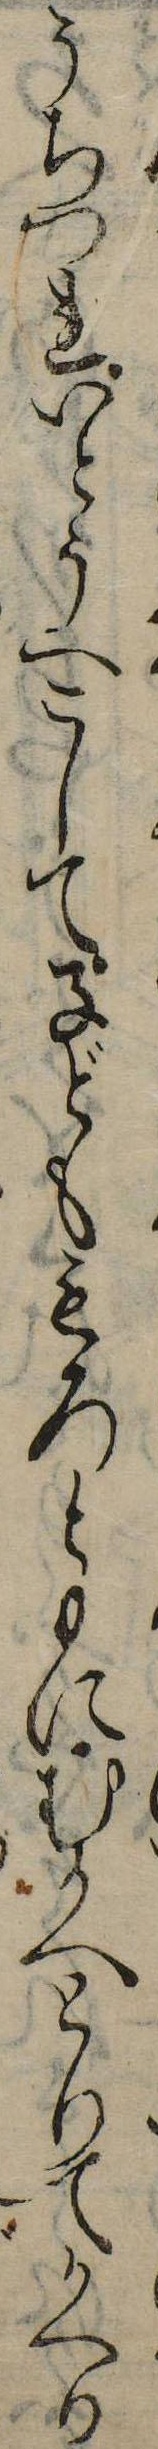
うちつれいとうへこして子どももろともにむかへとりてかへり